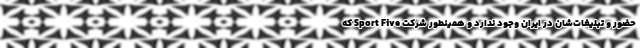
حضور و تبلیغات‌شان در ایران وجود ندارد و همینطور شرکت Sport Five که